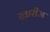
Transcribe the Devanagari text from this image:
खारीज